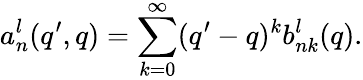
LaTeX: a_{n}^{l}(q^{\prime},q)=\sum_{k=0}^{\infty}(q^{\prime}-q)^{k}b_{nk}^{l}(q).